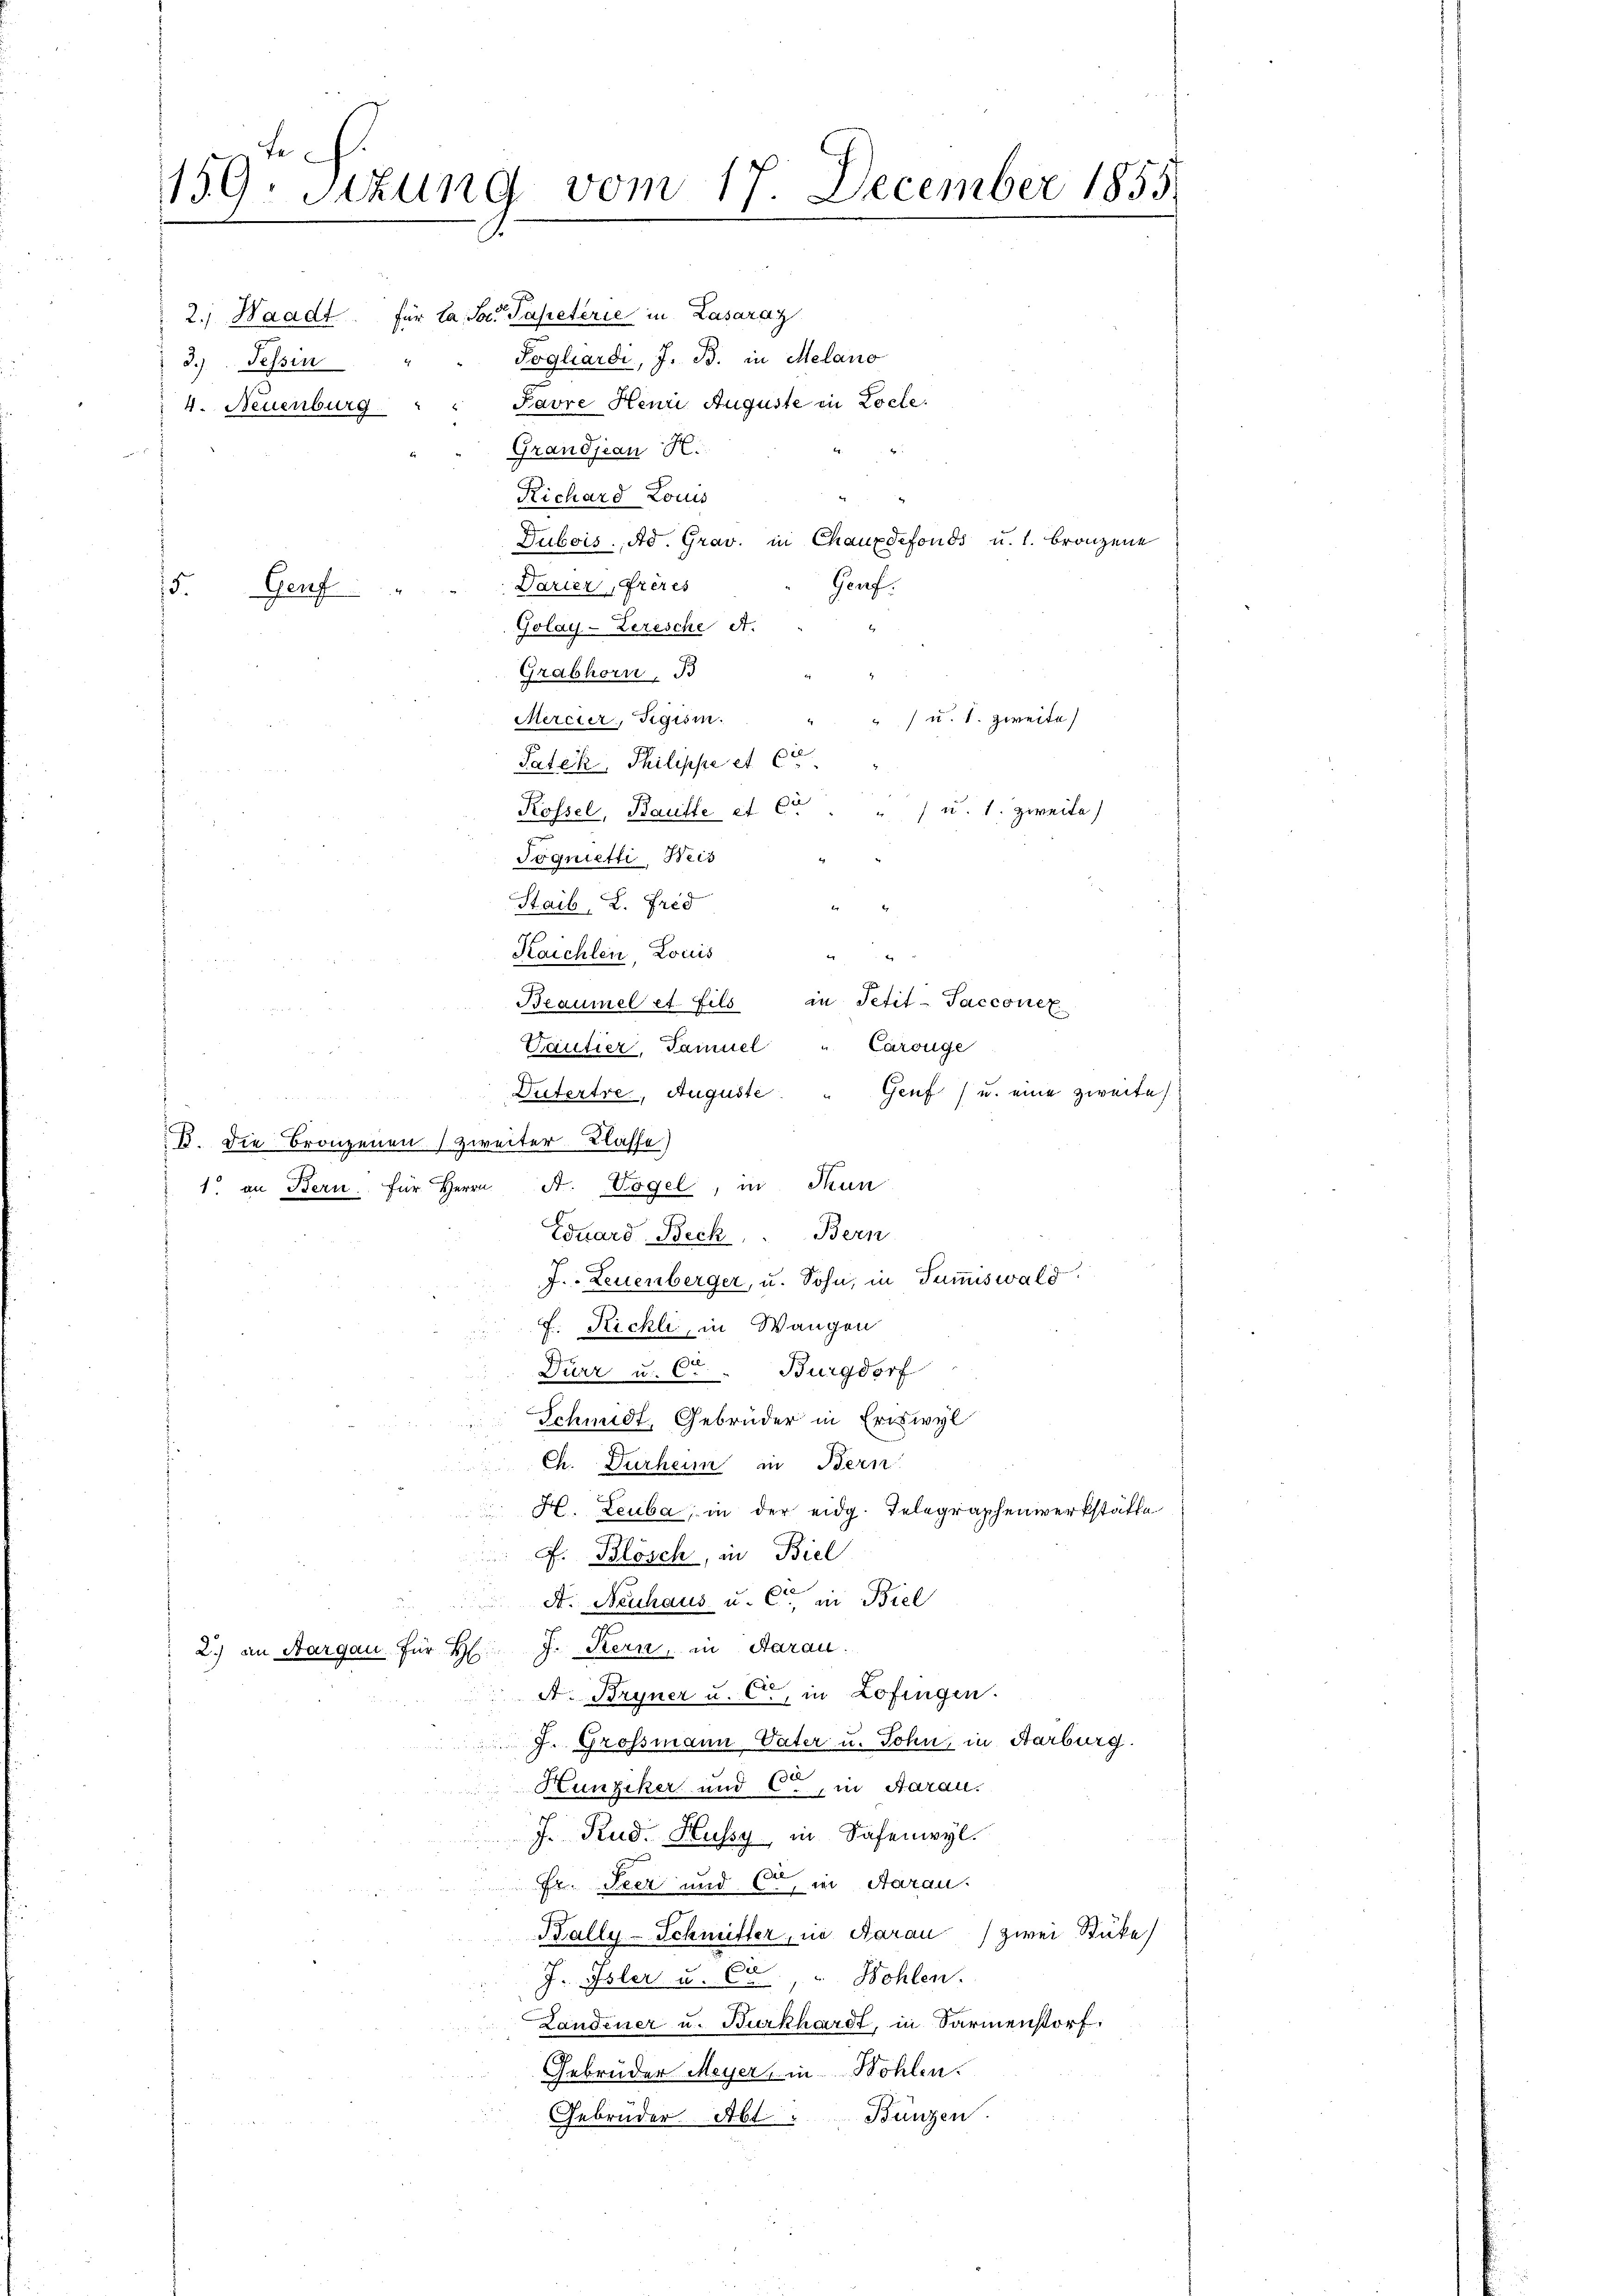
159. Sitzung vom 17. December 1855.
.

2.) Waadt. Für la Se. Papeterie in Lasaraz
3.) Tessin " " Pogliardi, J. B. in Melano

Favre Henri Auguste in Locle.
4. Neuenburg
Grandjean H.
Richard Louis
Dubois. Ad. Grav. in Chauxdefonds u. 1. Bronzene
Gauf.
Darier, Frères
15.
Genf
Golay-Lerische A.
Grashorn. B
Mercier, Figisin.
 u. s. zweite
Paték, Philippe et 62
Rossel, Baufte et Ct. " " u. 1. zweite)
Tognietti, Weis
Staib. 2. Fred
e
Kaichlen, Louis
.
e
Braumel et fils in Petit-Sacconez
Cautier, Tamuel " Carouge
d
Dutertre, Auguste.
Genf u. eine zweite
e
B. Die Bronzenen (zweiter Klasse)
1. an Bern für Herrn A. Vögel, in Stun
Eduard Beck, Bern
J. Leuenberger, u. Sohn, in Summiswald
F. Richli, in Wangen
Dürr u. Ce " Burgdorf
Schmidt, Gebrüder in Eriswyl
Ch. Durheim in Bern
H. Leuba, in der eidg. Telegraphenwerkstätte
f. Blösch, in Biel
A. Neuhaus u. Ct. in Biel
2.) an Aargau für Hr. J. Kern, in Aarau
A. Bryner u. C, in Zofingen.
J. Grossmann Vater u. John, in Aarburg.
Hunziker und C., in Aarau.
J. Rud. Hussy in Safenwyl.
Fr. Seer und er in Aarau
Kally-Schmitter, in Aarau zwei Stücke
J. Isler u. Ce " Wohlen.
Landener u. Burkhardt, in Sarmenstorf:
Gebrüder Meyer, in Bohlen.
Gebrüder Abt. Bunzen.